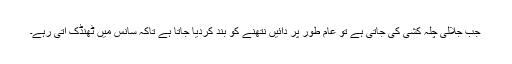
جب جلالی چلہ کشی کی جاتی ہے تو عام طور پر دائیں نتھنے کو بند کردیا جاتا ہے تاکہ سانس میں ٹھنڈک آتی رہے۔